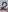
Text: 2